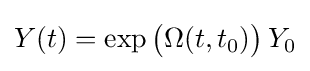
Y(t)=\exp {\big (}\Omega (t,t_{0}){\big )}\,Y_{0}